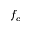
f _ { c }